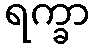
ရက္ခာ